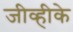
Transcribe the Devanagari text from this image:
जीव्हीके